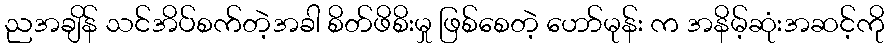
ညအချိန် သင်အိပ်စက်တဲ့အခါ စိတ်ဖိစိးမှု ဖြစ်စေတဲ့ ဟော်မုန်း က အနိမ့်ဆုံးအဆင့်ကို